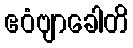
ဧဝံဗျာခေါတိ